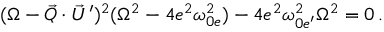
( \Omega - \vec { \cal Q } \cdot \vec { U } ^ { \prime } ) ^ { 2 } ( \Omega ^ { 2 } - 4 e ^ { 2 } \omega _ { 0 e } ^ { 2 } ) - 4 e ^ { 2 } \omega _ { 0 e ^ { \prime } } ^ { 2 } \Omega ^ { 2 } = 0 \, .